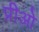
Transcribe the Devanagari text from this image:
प्रीओ